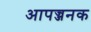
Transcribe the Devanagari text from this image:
आपज्जनक